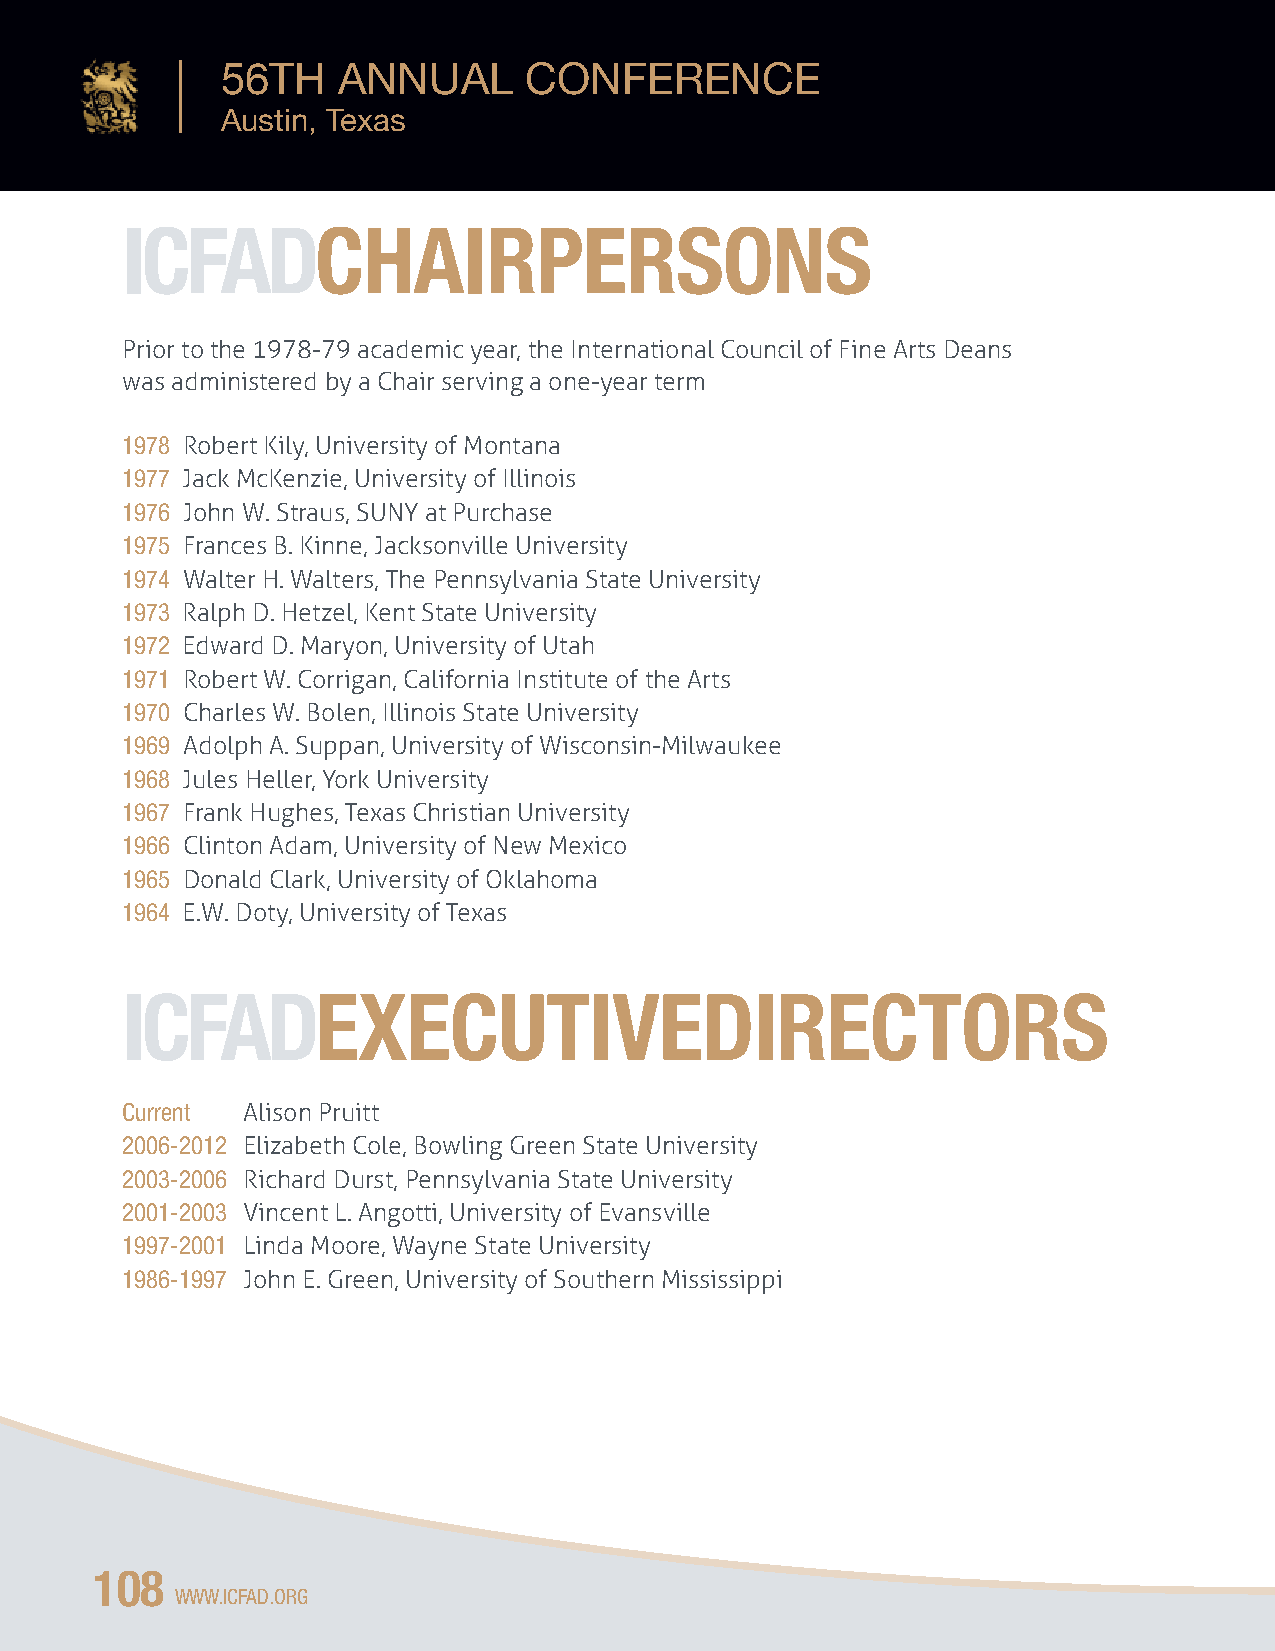
56TH   ANNUAL       CONFERENCE
 Austin, Texas
 ICFADCHAIRPERSONS
 Prior to the 1978-79 academic year, the International Council of Fine Arts Deans
 was administered by a Chair serving a one-year term
 1978 Robert Kily, University of Montana
 1977 Jack McKenzie, University of Illinois
 1976 John W. Straus, SUNY at Purchase
 1975 Frances B. Kinne, Jacksonville University
 1974 Walter H. Walters, The Pennsylvania State University
 1973 Ralph D. Hetzel, Kent State University
 1972 Edward D. Maryon, University of Utah
 1971 Robert W. Corrigan, California Institute of the Arts
 1970 Charles W. Bolen, Illinois State University
 1969 Adolph A. Suppan, University of Wisconsin-Milwaukee
 1968 Jules Heller, York University
 1967 Frank Hughes, Texas Christian University
 1966 Clinton Adam, University of New Mexico
 1965 Donald Clark, University of Oklahoma
 1964 E.W. Doty, University of Texas
 ICFADEXECUTIVEDIRECTORS
 Current Alison Pruitt
 2006-2012 Elizabeth Cole, Bowling Green State University
 2003-2006 Richard Durst, Pennsylvania State University
 2001-2003 Vincent L. Angotti, University of Evansville
 1997-2001 Linda Moore, Wayne State University
 1986-1997 John E. Green, University of Southern Mississippi
 108
 WWW.ICFAD.ORG